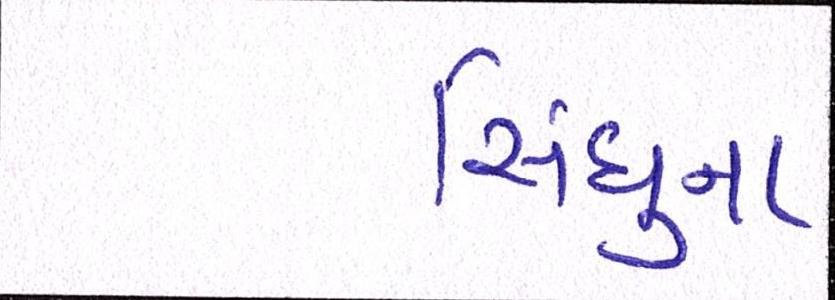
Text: સિંધુના